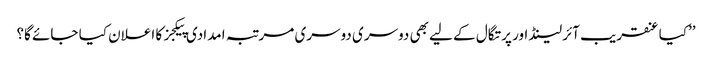
’’کیا عنقریب آئرلینڈ اور پرتگال کے لیے بھی دوسری دوسری مرتبہ امدادی پیکجز کا اعلان کیا جائے گا؟